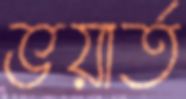
ভয়ার্ত